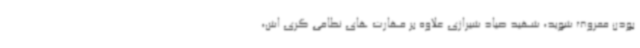
بودن معروف شوید، شهید صیاد شیرازی علاوه بر مهارت های نظامی گری اش،